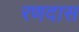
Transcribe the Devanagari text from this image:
रणदास